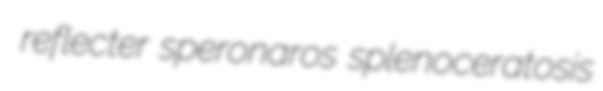
reflecter speronaros splenoceratosis